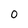
Character: O